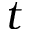
t